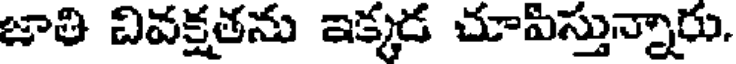
జాతి వివక్షతను ఇక్కడ చూపిస్తున్నారు.